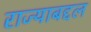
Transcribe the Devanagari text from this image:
राज्याबद्दल